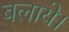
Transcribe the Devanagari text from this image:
बलाये।